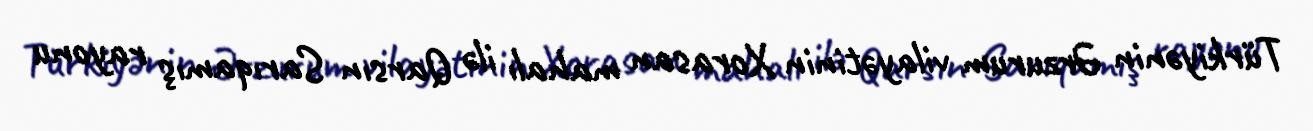
Türkiyənin Ərzurum vilayətinin Xorasan mahalı ilə Qarsın Sarıqamış rayonu